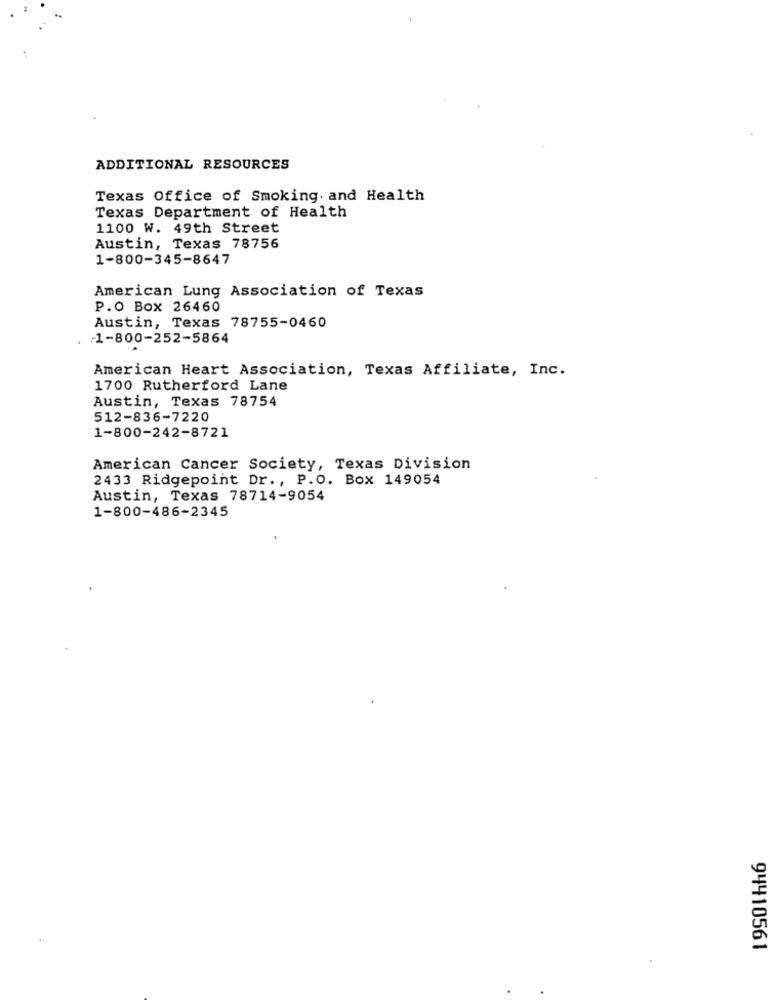
ADDITIONAL RESOURCES
Texas Office of Smoking. and Health
Texas Department of Health
1100 W. 49th Street
Austin, Texas 78756
1-800-345-8647
American Lung Association of Texas
P.O Box 26460
Austin, Texas 78755-0460
.1-800-252-5864
American Heart Association, Texas Affiliate, Inc.
1700 Rutherford Lane
Austin, Texas 78754
512-836-7220
1-800-242-8721
American Cancer Society, Texas Division
2433 Ridgepoint Dr ., P.O. Box 149054
Austin, Texas 78714-9054
1-800-486-2345
94410561